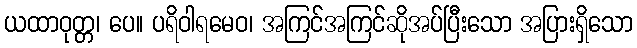
ယထာဝုတ္တ၊ ပေ။ ပရိဝါရမေဝ၊ အကြင်အကြင်ဆိုအပ်ပြီးသော အပြားရှိသော